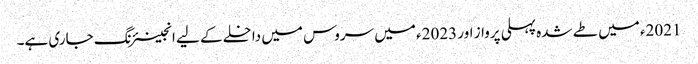
2021ء میں طے شدہ پہلی پرواز اور 2023ء میں سروس میں داخلے کے لیے انجینئرنگ جاری ہے۔